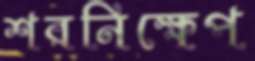
শরনিক্ষেপ